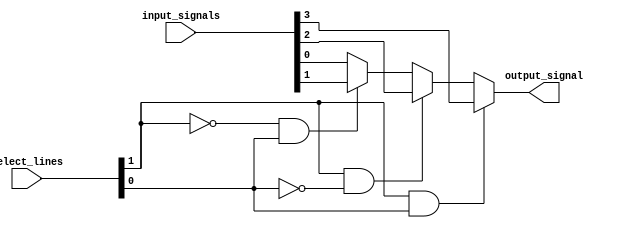
module multiplexer_4to1(
    input wire [3:0] input_signals,
    input wire [1:0] select_lines,
    output wire output_signal
);

assign output_signal = (select_lines[1] & select_lines[0]) ? input_signals[3] :
                        (select_lines[1] & ~select_lines[0]) ? input_signals[2] :
                        (~select_lines[1] & select_lines[0]) ? input_signals[1] :
                        input_signals[0];

endmodule